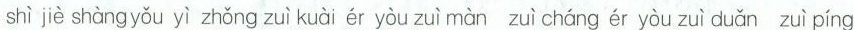
shì jiè shàng yǒu yì zhǒng zuì kuài ér yòu zuì màn zuì cháng ér yòu zuì duǎn zuì píng